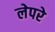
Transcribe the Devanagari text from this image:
लेपरे